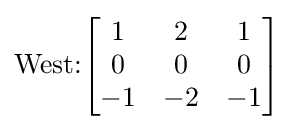
{\text{West:}}{\begin{bmatrix}1&2&1\\0&0&0\\-1&-2&-1\end{bmatrix}}